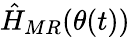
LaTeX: \hat{H}_{MR}(\theta(t))